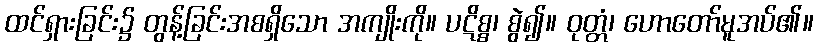
ထင်ရှားခြင်း၌ တွန့်ခြင်းအစရှိသော အကျိုးကို။ ပဋိစ္စ၊ စွဲ၍။ ဝုတ္တံ၊ ဟောတော်မူအပ်၏။